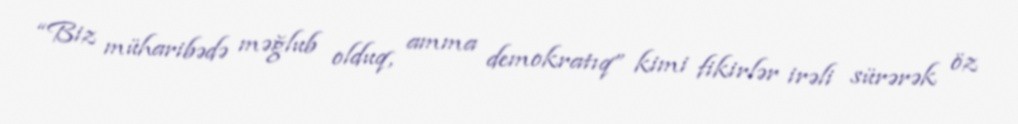
“Biz müharibədə məğlub olduq, amma demokratıq” kimi fikirlər irəli sürərək öz